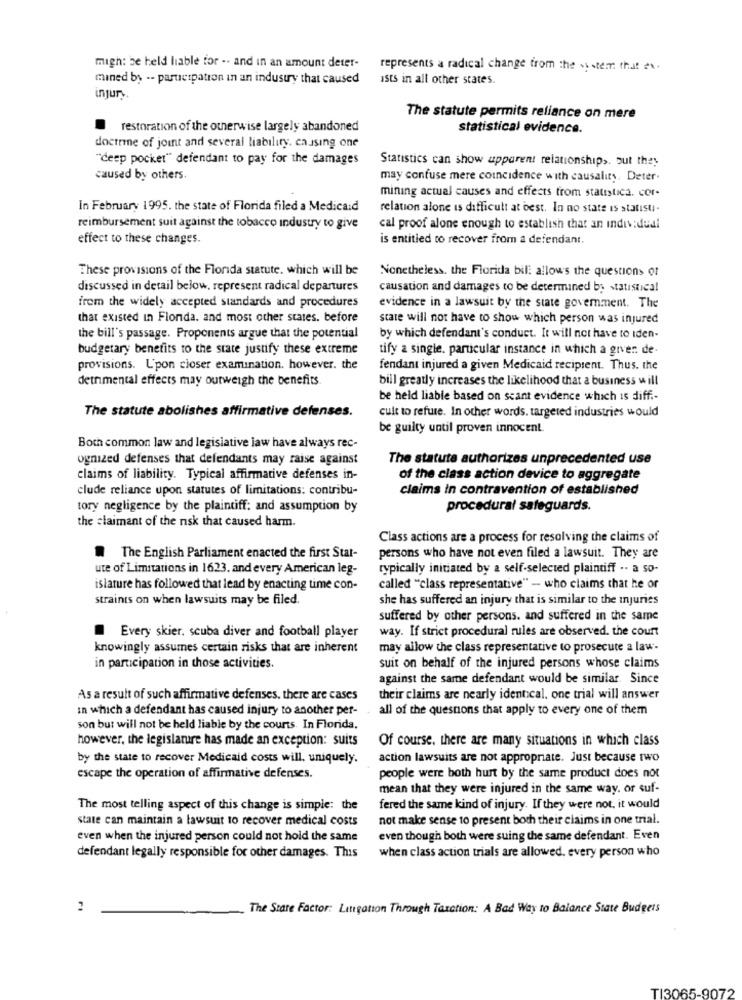
migh: be held liable for -- and in an amount deter-
represents a radical change from the system that ex.
mined by -- participation in an industry that caused
ists in all other states.
injury.
The statute permits reliance on mere
restoration of the otherwise largely abandoned
statistical evidence.
doctrine of joint and several liability, causing one
"deep pocket" defendant to pay for the damages
Statistics can show upparent relationships. but they
caused by others.
may confuse mere coincidence with causality. Deter.
mining actual causes and effects from statistica. cor-
In February 1995. the state of Florida filed a Medicaid
relation alone is difficult at best. In no state is statisti-
reimbursement suit against the tobacco industry to give
cal proof alone enough to establish that an individual
effect to these changes.
is entitled to recover from a defendant.
These provisions of the Florida statute. which will be
Nonetheless. the Florida bill allows the questions or
discussed in detail below, represent radical departures
causation and damages to be determined by statistical
from the widely accepted standards and procedures
evidence in a lawsuit by the state goverment. The
that existed in Fionda. and most other states. before
state will not have to show which person was injured
the bill's passage. Proponents argue that the potential
by which defendant's conduct. It will not have to iden-
budgetary benefits to the state justify these extreme
tify a single. particular instance in which a given de-
provisions. L'pon closer examination. however. the
fendant injured a given Medicaid recipient. Thus. the
deinmental effects may outweigh the benefits
bill greatly increases the likelihood that a business will
be held liable based on scant evidence which is diff .-
The statute abolishes affirmative defenses.
cult to refuse. In other words, targeted industries would
be guilty until proven innocent.
Both common law and legislative law have always rec-
ogmized defenses that defendants may raise against
The statute authorizes unprecedented use
claims of liability. Typical affirmative defenses in-
of the class action device to aggregate
clude reliance upon statutes of limitations: contribu-
claims in contravention of established
tory negligence by the plaintiff: and assumption by
procedural safeguards.
the claimant of the nsk that caused harm.
Class actions are a process for resolving the claims of
.
The English Parliament enacted the first Star-
persons who have not even filed a lawsuit. They are
ute of Limitations in 1623, and every American leg-
typically initiated by a self-selected plaintiff .. a so-
islature has followed that lead by enacting time con-
called "class representative" -- who claims that he or
straints on when lawsuits may be filed.
she has suffered an injury that is similar to the injuries
suffered by other persons. and suffered in the same
way. If strict procedural rules are observed. the court
Every skier, scuba diver and football player
knowingly assumes certain risks that are inherent
may allow the class representative to prosecute a law-
in participation in those activities.
suit on behalf of the injured persons whose claims
against the same defendant would be similar. Since
As a result of such affirmative defenses, there are cases
their claims are nearly identical, one trial will answer
in which a defendant has caused injury to another per-
all of the questions that apply to every one of them
son but will not be held liable by the courts. In Florida.
however, the legislature has made an exception: suits
Of course, there are many situations in which class
by the state to recover Medicaid costs will, uniquely.
action lawsuits are not appropriate. Just because two
escape the operation of affirmative defenses.
people were both hurt by the same product does not
mean that they were injured in the same way. or suf-
The most telling aspect of this change is simple: the
fered the same kind of injury. If they were not. it would
state can maintain a lawsuit to recover medical costs
not make sense to present both their claims in one trial.
even when the injured person could not hold the same
even though both were suing the same defendant. Even
when class action trials are allowed. every person who
defendant legally responsible for other damages. This
The Stare Factor: Litigation Through Taxation: A Bad Way to Balance State Budgets
TI3065-9072